Scottish Leaving Certificate Examination, 1958
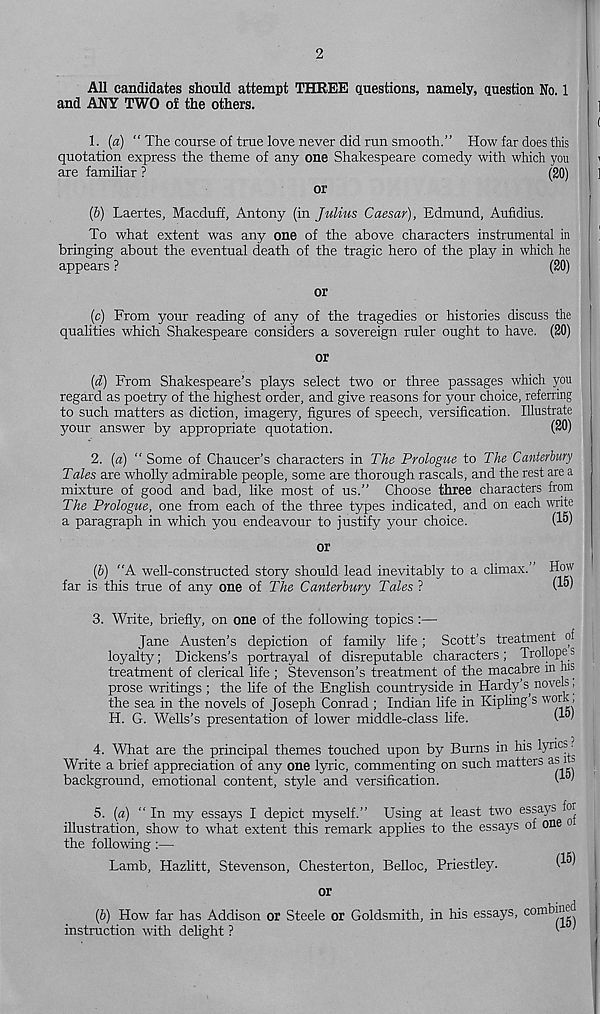
2
All candidates should attempt THREE questions, namely, question No. 1
and ANY TWO of the others.
1.
(a) “ The course of trae love never did run sm
quotation express the theme of any one Shakespeare comedy with which you
are familiar ?
(20)
or
(b) Laertes, Macduff, Antony (in Julius Caesar), Edmund, Aufidius.
To what extent was any one of the above characters instrumental in
bringing about the eventual death of the tragic hero of the play in which he
appears ?
(20)
or
(c) From your reading of any of the tragedies or histories discuss the
qualities which Shakespeare considers a sovereign ruler ought to have. (20)
or
(d) From Shakespeare’s plays select two or three passages which you
regard as poetry of the highest order, and give reasons for your choice, referring
to such matters as diction, imagery, figures of speech, versification. Illustrate
your answer by appropriate quotation.
(20)
2.
{a) “ Some of Chaucer’s characters in The
Tales are wholly admirable people, some are thorough rascals, and the rest are a
mixture of good and bad, like most of us.” Choose three characters from
The Prologue, one from each of the three types indicated, and on each write
a paragraph in which you endeavour to justify your choice.
(1®)
or
(6) “A well-constructed story should lead inevitably to a climax.’ How
far is this true of any one of The Canterbury Tales ?
(I®'
3. Write, briefly, on one of the following topics :—
Jane Austen’s depiction of family life; Scott’s treatment of
loyalty; Dickens’s portrayal of disreputable characters; Trollope s
treatment of clerical life ; Stevenson’s treatment of the macabre in ms
prose writings ; the life of the English countryside in Hardy’s novels,
the sea in the novels of Joseph Conrad ; Indian life in Kipling s work.
H. G. Wells’s presentation of lower middle-class life.
4. What are the principal themes touched upon by Burns in his lyrics?
Write a brief appreciation of any one lyric, commenting on such matters as i s
background, emotional content, style and versification.
I 1 '
5.
(a) “ In my essays I depict myself.” U
illustration, show to what extent this remark applies to the essays of one o
the following :—
Lamb, Hazlitt, Stevenson, Chesterton, Belloc, Priestley.
or
(6) How far has Addison or Steele or Goldsmith, in his essays,
instruction with delight ?
combined
(15)